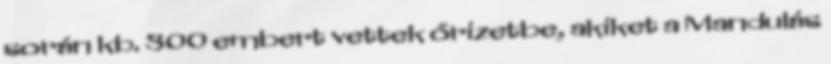
során kb. 300 embert vettek őrizetbe, akiket a Mandulás